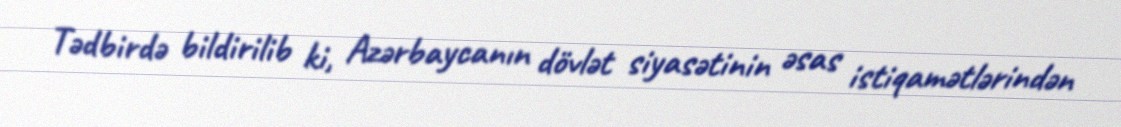
Tədbirdə bildirilib ki, Azərbaycanın dövlət siyasətinin əsas istiqamətlərindən